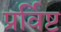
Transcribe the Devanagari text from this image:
प्रर्विष्ट